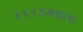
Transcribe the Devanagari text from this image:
१९९३मधला